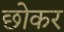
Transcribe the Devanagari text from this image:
छोकर